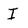
Character: I